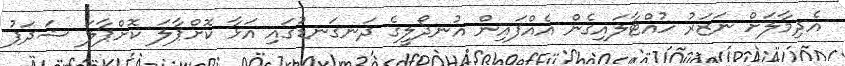
އެދިމާލަށް ނަޒަރު ހުއްޓާލައިގެން އެއްފައިން އުނދޯލީގެ ދަނގަނޑުގައި އަޅާ ކޮށްޕާލަ ކޮށްޕާލަ ޝަދަފު